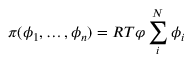
\pi ( \phi _ { 1 } , \dots , \phi _ { n } ) = R T \varphi \sum _ { i } ^ { N } \phi _ { i }